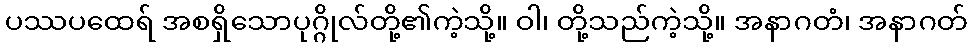
ပဿပထေရ် အစရှိသောပုဂ္ဂိုလ်တို့၏ကဲ့သို့။ ဝါ၊ တို့သည်ကဲ့သို့။ အနာဂတံ၊ အနာဂတ်